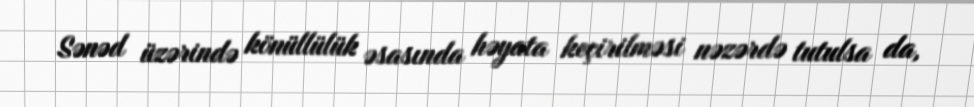
Sənəd üzərində könüllülük əsasında həyata keçirilməsi nəzərdə tutulsa da,